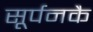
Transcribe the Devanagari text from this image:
सूर्पनकै